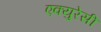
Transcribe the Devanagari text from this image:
एक्युरेसी